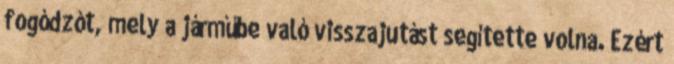
fogódzót, mely a járműbe való visszajutást segítette volna. Ezért